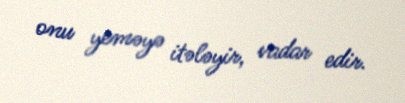
onu yeməyə itələyir, vadar edir.